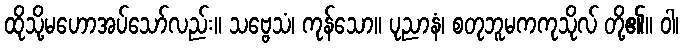
ထိုသို့မဟောအပ်သော်လည်း။ သဗ္ဗေသံ၊ ကုန်သော။ ပုညာနံ၊ စတုဘူမကကုသိုလ် တို့၏။ ဝါ၊